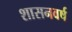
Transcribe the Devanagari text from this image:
शासनवर्ष